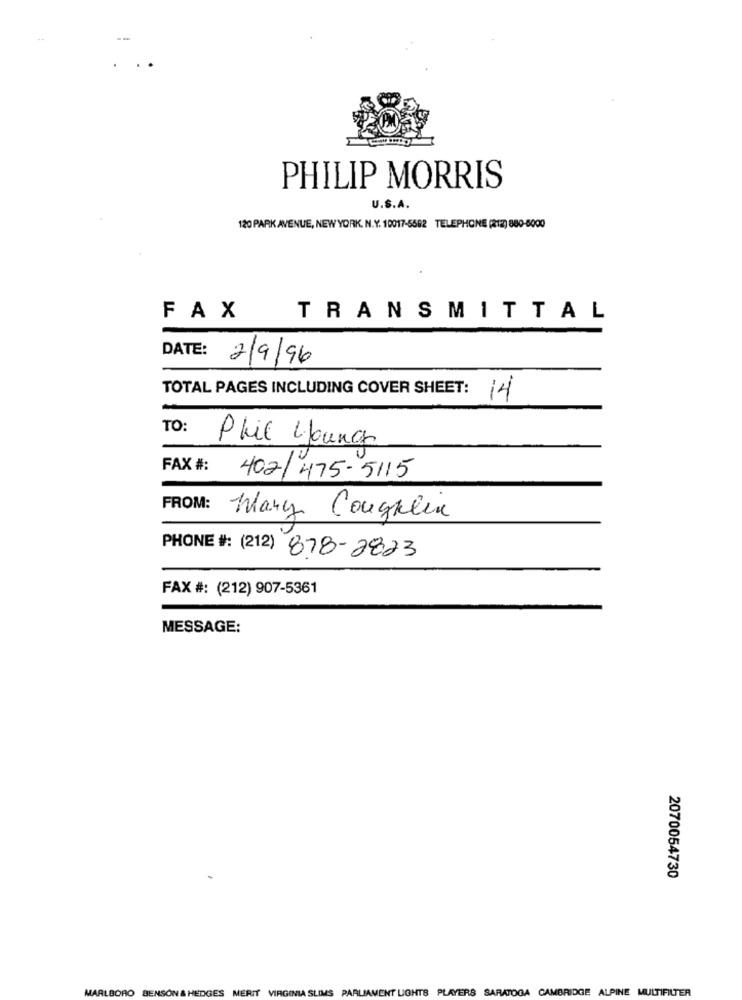
PHILIP MORRIS
U.S.A.
120 PARK AVENUE, NEW YORK, N.Y. 10017-5592 TELEPHONE (212) 880-8000
FAX
TRANSMITTAL
DATE: 2/9/96
TOTAL PAGES INCLUDING COVER SHEET:
14
TO:
Phil Young
FAX #:
402/ 475-5115
FROM:
Mary Coughlin
PHONE #: (212) 878-2823
FAX #: (212) 907-5361
MESSAGE:
2070054730
MARLBORO BENSON & HEDGES MERIT VIRGINIA SLIMS PARLIAMENT LIGHTS PLAYERS SARATOGA CAMBRIDGE ALPINE MULTIFILTER